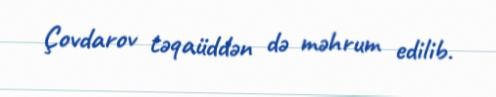
Çovdarov təqaüddən də məhrum edilib.